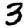
Digit: 3